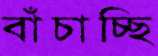
বাঁচাচ্ছি